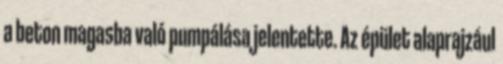
a beton magasba való pumpálása jelentette. Az épület alaprajzául